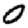
Digit: 0